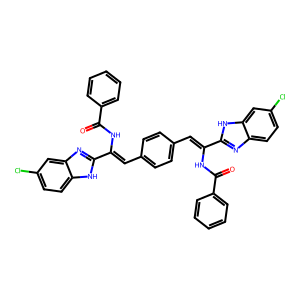
SMILES: O=C(NC(=Cc1ccc(C=C(NC(=O)c2ccccc2)c2nc3ccc(Cl)cc3[nH]2)cc1)c1nc2cc(Cl)ccc2[nH]1)c1ccccc1
Inhibits HIV replication: No